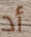
أد